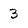
Character: 3